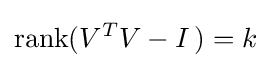
\operatorname {rank} (V^{T}V-I\,)=k